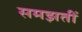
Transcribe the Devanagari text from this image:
समझतीं